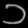
Digit: ၁